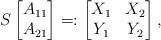
LaTeX: \begin{align*} S\begin{bmatrix} A_{11} \\ A_{21} \end{bmatrix} =: \begin{bmatrix} X_1 & X_2\\ Y_1 & Y_2 \end{bmatrix} ,\end{align*}